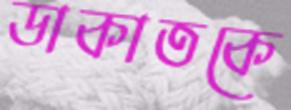
ডাকাতকে